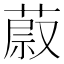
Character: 𦵥